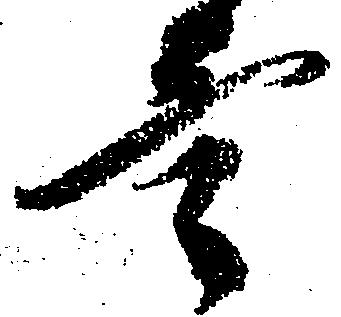
言